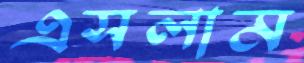
এসলাম